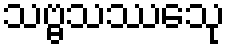
သဗ္ဗသဿေသု